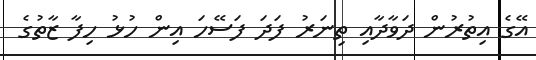
އޭގެ އިތުރުން ދަވާދާއި ތިނަރު ފަދަ ފަސޭހަ އިން ހުޅު ހިފާ ޒާތުގެ